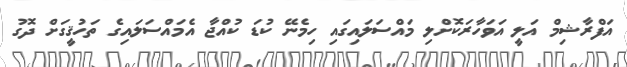
އަފްރާޝިމް އަލީ އަވަހާރަކޮށްލި މައްސަލައިގައި ހިމެނޭ ކުޑަ ކުއްޖާ އެމައްސަލައިގެ ތަހުޤީގަށް ދޮގު